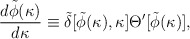
\begin{align*}{d\tilde\phi(\kappa)\over{d\kappa}}\equiv\tilde\delta[\tilde\phi(\kappa),\kappa]\Theta^\prime[\tilde\phi(\kappa)],\end{align*}